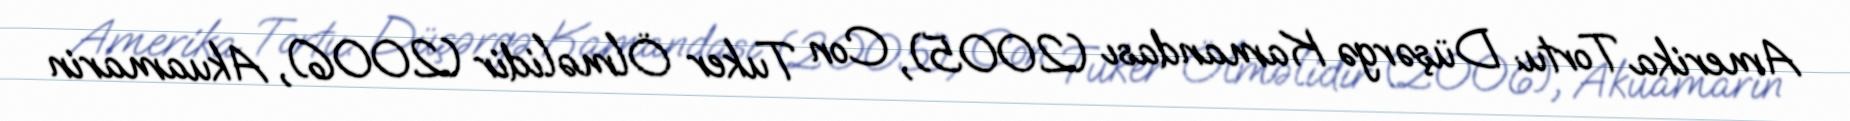
Amerika Tortu: Düşərgə Kamandası (2005), Con Tuker Ölməlidir (2006), Akuamarin